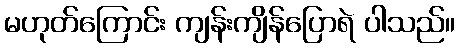
မဟုတ်ကြောင်း ကျန်းကျိန်ပြောရဲ ပါသည်။